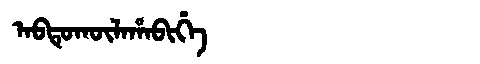
Manchu: ᠠᠪᡨᡠᡴᡡᠯᠠᡥᠠᠪᡳᡥᡝ
Romanization: ABTUKŪLAHABIHE